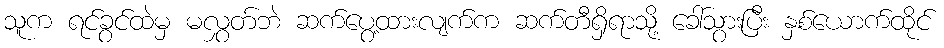
သူက ရင်ခွင်ထဲမှ မလွှတ်ဘဲ ဆက်ပွေ့ထားလျက်က ဆက်တီရှိရာသို့ ခေါ်သွားပြီး နှစ်ယောက်ထိုင်